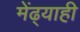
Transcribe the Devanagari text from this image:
मेंढ्याही